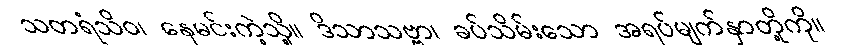
သတရံသိဝ၊ နေမင်းကဲ့သို့။ ဒိသာသဗ္ဗာ၊ ခပ်သိမ်းသော အရပ်မျက်နှာတို့ကို။